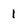
Character: 1